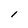
Character: l